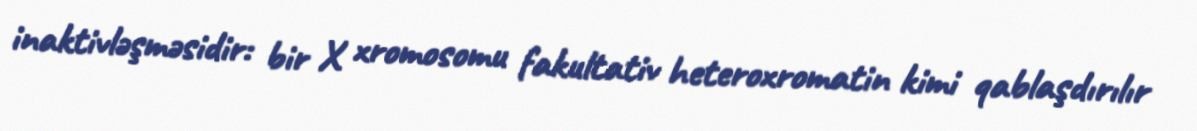
inaktivləşməsidir: bir X xromosomu fakultativ heteroxromatin kimi qablaşdırılır